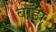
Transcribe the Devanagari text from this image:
बॉझ